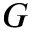
G